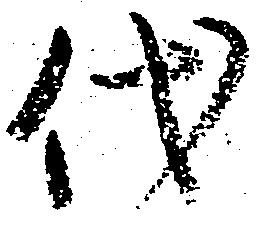
代